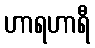
ဟာရဟာရီ